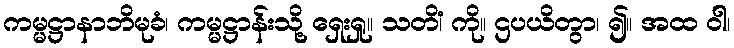
ကမ္မဋ္ဌာနာဘိမုခံ၊ ကမ္မဋ္ဌာန်းသို့ ရှေးရှု။ သတိံ၊ ကို။ ဌပယိတွာ၊ ၍။ အထ ဝါ၊